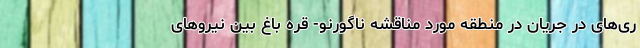
ری‌های در جریان در منطقه مورد مناقشه ناگورنو- قره باغ بین نیروهای